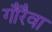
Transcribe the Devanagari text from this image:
गौरैवा